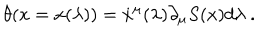
\theta ( x = x ( \lambda ) ) = \dot { x } ^ { \mu } ( \lambda ) \partial _ { \mu } S ( x ) d \lambda \ .